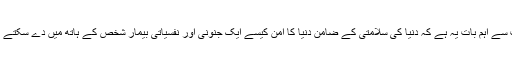
سب سے اہم بات یہ ہے کہ دنیا کی سلامتی کے ضامن دنیا کا امن کیسے ایک جنونی اور نفسیاتی بیمار شخص کے ہاتھ میں دے سکتے ہیں۔